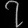
Digit: ၇